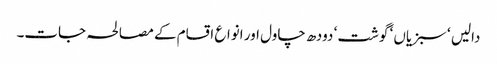
دالیں ‘ سبزیاں ‘ گوشت ‘ دودھ چاول اور انواع اقسام کے مصالحہ جات۔